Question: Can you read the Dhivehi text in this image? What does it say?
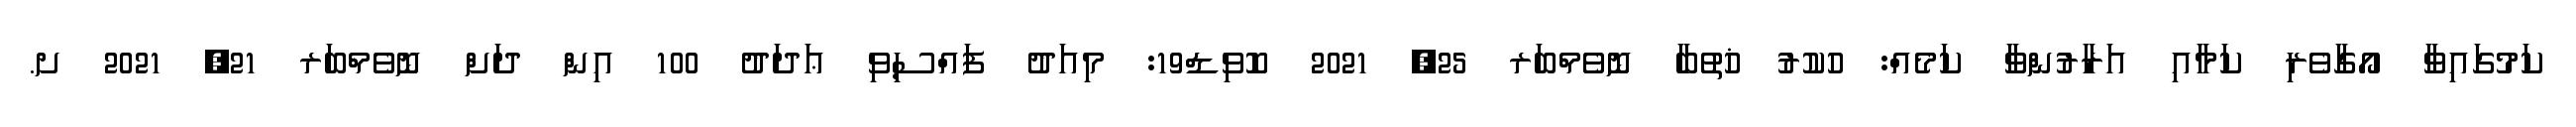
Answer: ކަމުގައިވާ އޯގާވެރި ކަމާއި އަރާރުންވާ ކަމެއް: ހުކުރު ޚުތުބާ ނޮވެމްބަރ 25, 2021 ކޮވިޑް19: މިއަދު ފައްސިވި ޢަދަދު 100 އިން ދަށް ނޮވެމްބަރ 21, 2021 ށ.